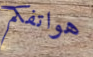
هواتفكم